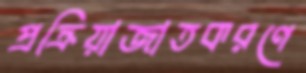
প্রক্রিয়াজাতকরণে